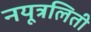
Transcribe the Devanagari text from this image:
नयूत्रलिती